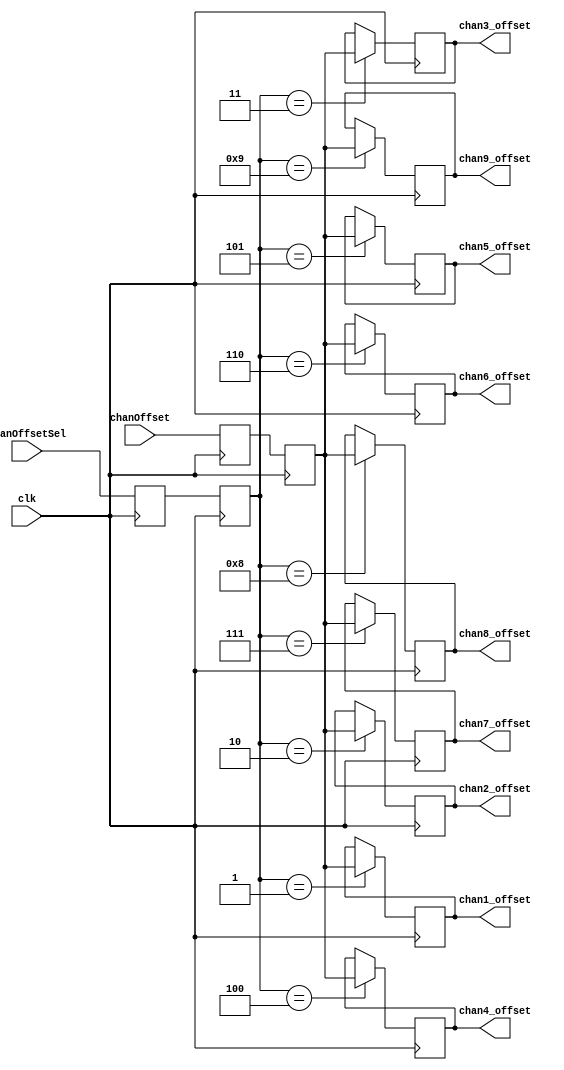
module chanOffsetMUX (
	input clk,
	input signed [12:0] chanOffset,
	input [3:0] chanOffsetSel,
	output reg signed [12:0] chan1_offset = 13'sd0, // program static offsets here!
	output reg signed [12:0] chan2_offset = 13'sd0,
	output reg signed [12:0] chan3_offset = 13'sd0,
	output reg signed [12:0] chan4_offset = 13'sd0,
	output reg signed [12:0] chan5_offset = 13'sd0,
	output reg signed [12:0] chan6_offset = 13'sd0,
	output reg signed [12:0] chan7_offset = 13'sd0,
	output reg signed [12:0] chan8_offset = 13'sd0,
	output reg signed [12:0] chan9_offset = 13'sd0
	);
(* async_reg = "TRUE" *) reg signed [12:0] chanOffset_a = 13'sd0, chanOffset_b = 13'sd0;
(* async_reg = "TRUE" *) reg [3:0] chanOffsetSel_a = 4'h0, chanOffsetSel_b = 4'h0;
always @(posedge clk) begin
	chanOffset_a <= chanOffset;
	chanOffset_b <= chanOffset_a;
	chanOffsetSel_a <= chanOffsetSel;
	chanOffsetSel_b <= chanOffsetSel_a;
	/*chan1_offset <= chan1_offset;
	chan2_offset <= chan2_offset;
	chan3_offset <= chan3_offset;
	chan4_offset <= chan4_offset;
	chan5_offset <= chan5_offset;
	chan6_offset <= chan6_offset;
	chan7_offset <= chan7_offset;
	chan8_offset <= chan8_offset;
	chan9_offset <= chan9_offset;*/
	(* full_case, parallel_case *)
	case (chanOffsetSel_b)
	4'h1: begin
		chan1_offset <= chanOffset_b;
		chan2_offset <= chan2_offset;
		chan3_offset <= chan3_offset;
		chan4_offset <= chan4_offset;
		chan5_offset <= chan5_offset;
		chan6_offset <= chan6_offset;
		chan7_offset <= chan7_offset;
		chan8_offset <= chan8_offset;
		chan9_offset <= chan9_offset;
		end
	4'h2: begin
		chan1_offset <= chan1_offset;
		chan2_offset <= chanOffset_b;
		chan3_offset <= chan3_offset;
		chan4_offset <= chan4_offset;
		chan5_offset <= chan5_offset;
		chan6_offset <= chan6_offset;
		chan7_offset <= chan7_offset;
		chan8_offset <= chan8_offset;
		chan9_offset <= chan9_offset;
		end
	4'h3: begin
		chan1_offset <= chan1_offset;
		chan2_offset <= chan2_offset;
		chan3_offset <= chanOffset_b;
		chan4_offset <= chan4_offset;
		chan5_offset <= chan5_offset;
		chan6_offset <= chan6_offset;
		chan7_offset <= chan7_offset;
		chan8_offset <= chan8_offset;
		chan9_offset <= chan9_offset;
		end
	4'h4: begin
		chan1_offset <= chan1_offset;
		chan2_offset <= chan2_offset;
		chan3_offset <= chan3_offset;
		chan4_offset <= chanOffset_b;
		chan5_offset <= chan5_offset;
		chan6_offset <= chan6_offset;
		chan7_offset <= chan7_offset;
		chan8_offset <= chan8_offset;
		chan9_offset <= chan9_offset;
		end
	4'h5: begin
		chan1_offset <= chan1_offset;
		chan2_offset <= chan2_offset;
		chan3_offset <= chan3_offset;
		chan4_offset <= chan4_offset;
		chan5_offset <= chanOffset_b;
		chan6_offset <= chan6_offset;
		chan7_offset <= chan7_offset;
		chan8_offset <= chan8_offset;
		chan9_offset <= chan9_offset;
		end
	4'h6: begin
		chan1_offset <= chan1_offset;
		chan2_offset <= chan2_offset;
		chan3_offset <= chan3_offset;
		chan4_offset <= chan4_offset;
		chan5_offset <= chan5_offset;
		chan6_offset <= chanOffset_b;
		chan7_offset <= chan7_offset;
		chan8_offset <= chan8_offset;
		chan9_offset <= chan9_offset;
		end
	4'h7: begin
		chan1_offset <= chan1_offset;
		chan2_offset <= chan2_offset;
		chan3_offset <= chan3_offset;
		chan4_offset <= chan4_offset;
		chan5_offset <= chan5_offset;
		chan6_offset <= chan6_offset;
		chan7_offset <= chanOffset_b;
		chan8_offset <= chan8_offset;
		chan9_offset <= chan9_offset;
		end
	4'h8: begin
		chan1_offset <= chan1_offset;
		chan2_offset <= chan2_offset;
		chan3_offset <= chan3_offset;
		chan4_offset <= chan4_offset;
		chan5_offset <= chan5_offset;
		chan6_offset <= chan6_offset;
		chan7_offset <= chan7_offset;
		chan8_offset <= chanOffset_b;
		chan9_offset <= chan9_offset;
		end
	4'h9: begin
		chan1_offset <= chan1_offset;
		chan2_offset <= chan2_offset;
		chan3_offset <= chan3_offset;
		chan4_offset <= chan4_offset;
		chan5_offset <= chan5_offset;
		chan6_offset <= chan6_offset;
		chan7_offset <= chan7_offset;
		chan8_offset <= chan8_offset;
		chan9_offset <= chanOffset_b;
		end
	default: begin
		chan1_offset <= chan1_offset;
		chan2_offset <= chan2_offset;
		chan3_offset <= chan3_offset;
		chan4_offset <= chan4_offset;
		chan5_offset <= chan5_offset;
		chan6_offset <= chan6_offset;
		chan7_offset <= chan7_offset;
		chan8_offset <= chan8_offset;
		chan9_offset <= chan9_offset;
		end
	endcase
end
endmodule